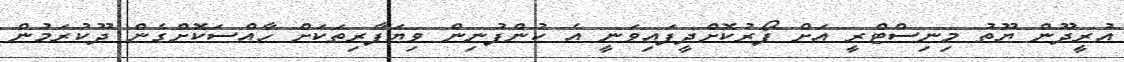
އުރީދޫން ޔޫތު މިނިސްޓްރީ އަށް ފޯރުކޮށްދީފައިވަނީ އެ ކުންފުނިން ވިޔަފާރިތަކަށް ހާއްސަކޮށްގެން ދޫކުރަމުން